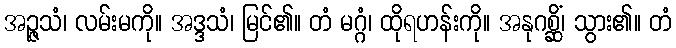
အဉ္ဇသံ၊ လမ်းမကို။ အဒ္ဒသံ၊ မြင်၏။ တံ မဂ္ဂံ၊ ထိုရဟန်းကို။ အနုဂစ္ဆိံ၊ သွား၏။ တံ